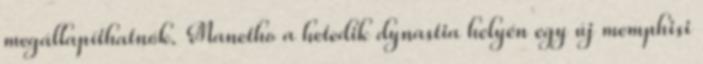
megállapíthatnók. Manetho a hetedik dynastia helyén egy új memphisi